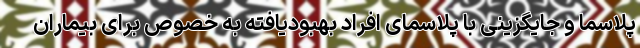
پلاسما و جایگزینی با پلاسمای افراد بهبودیافته به خصوص برای بیماران